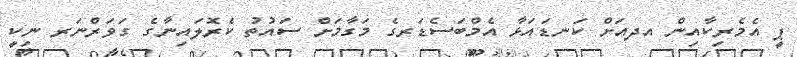
ޕީ އެމެރިކާއިން އދއަށް ކަނޑައަޅާ އެމްބަސެޑަރގެ މަގާމަށް ސައުތު ކެރޮލައިނާގެ ގަވަރްނަރ ނިކީ